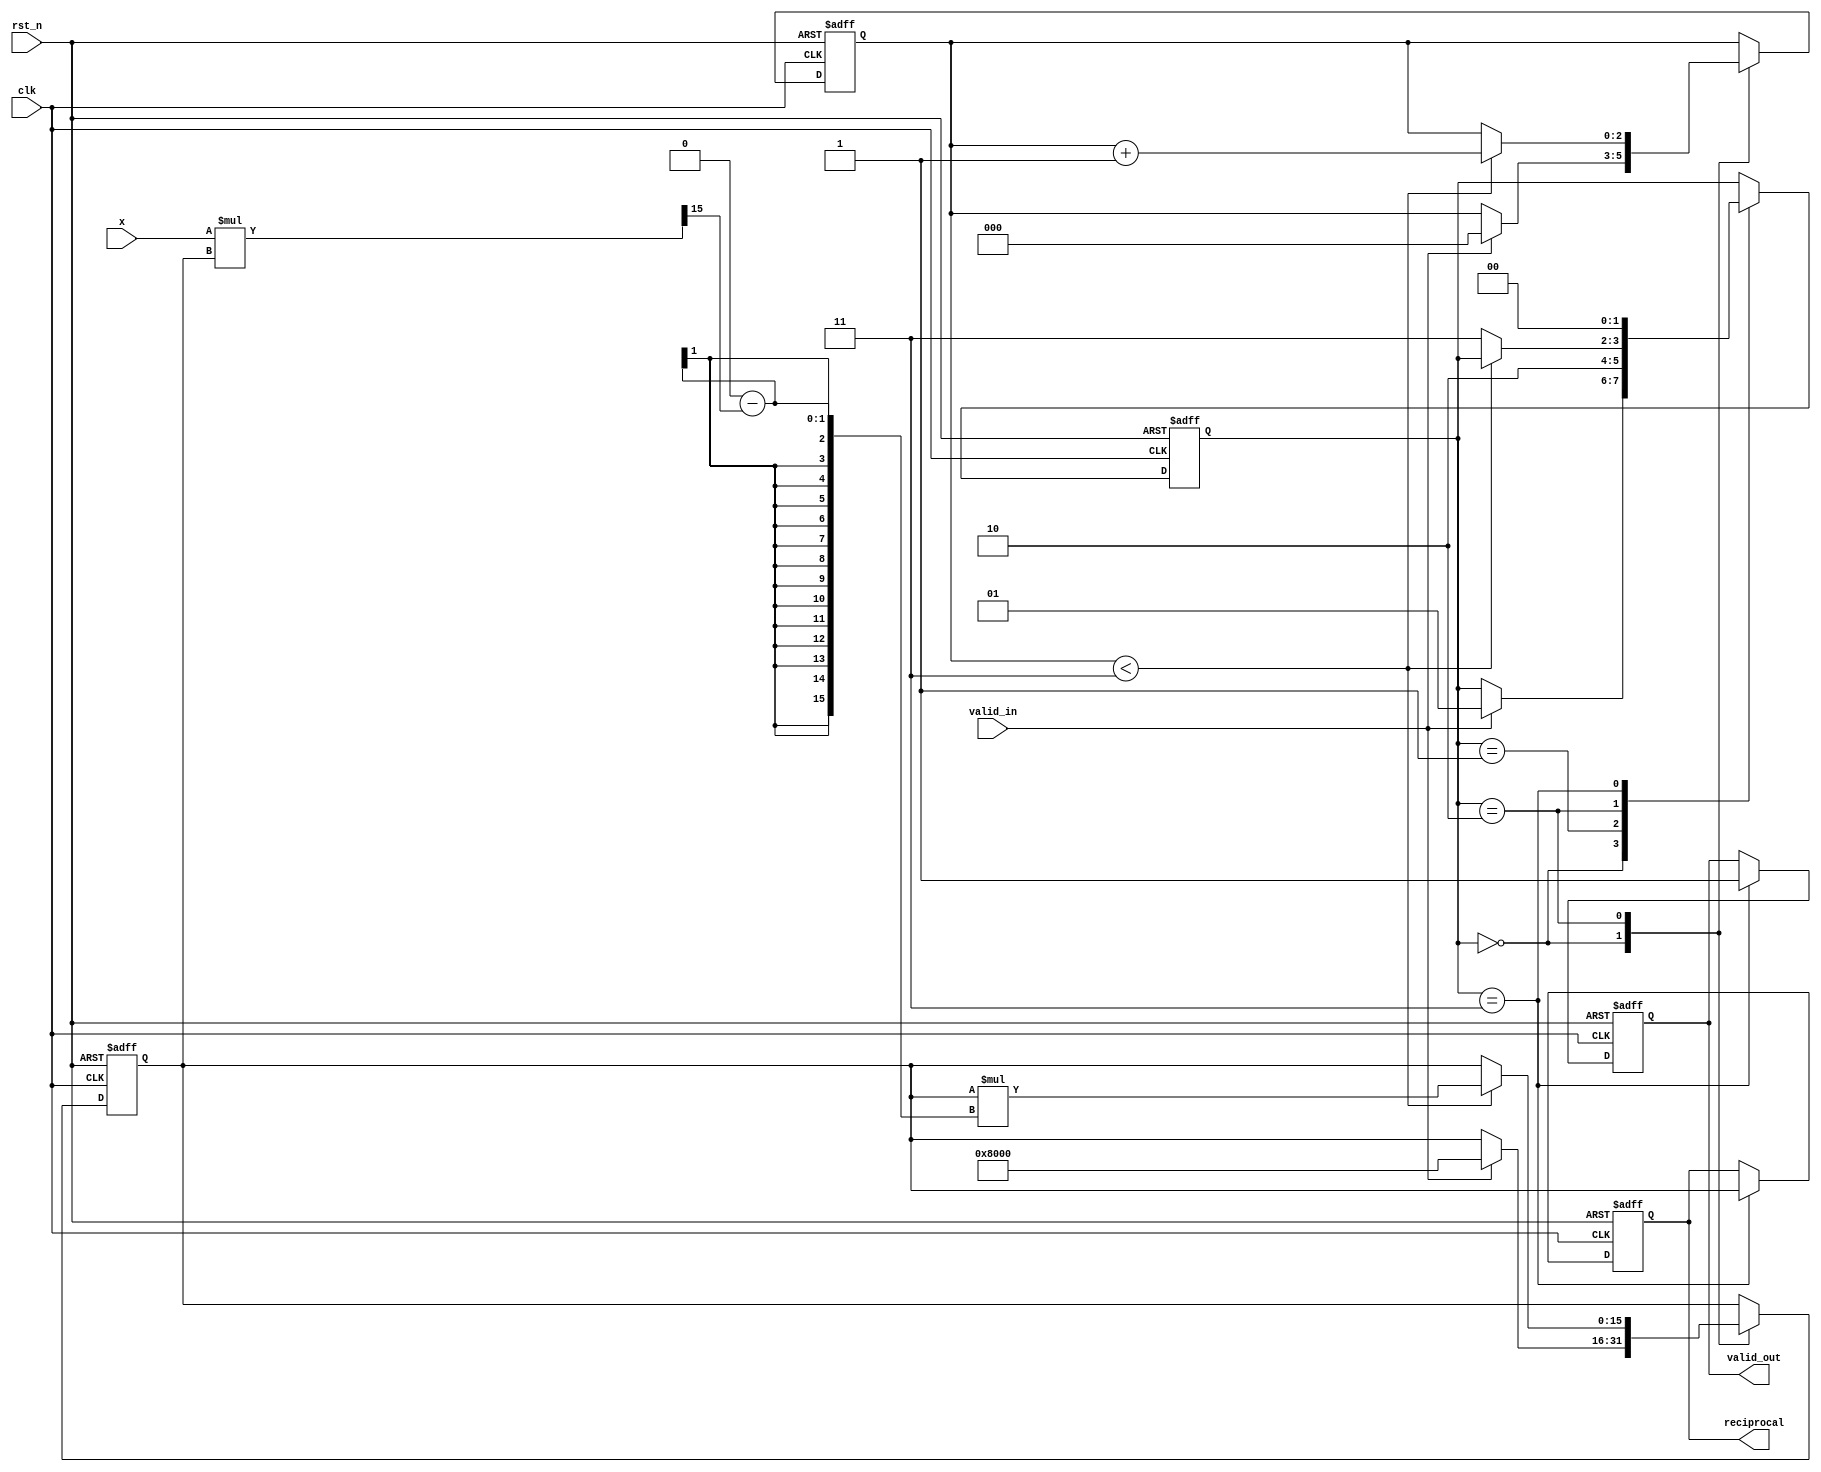
module newton_raphson_reciprocal (
    input wire clk,
    input wire rst_n,
    input wire valid_in,
    input wire [15:0] x,      // Input value, normalized in [1, 2)
    output reg valid_out,
    output reg [15:0] reciprocal // Output reciprocal value
);

    reg [15:0] y;              // Current estimate of the reciprocal
    reg [2:0] iteration_count; // Counter for iterations
    reg [1:0] state;           // State machine
    localparam IDLE = 2'b00,   // Idle state
               INIT = 2'b01,   // Initialization state
               ITERATE = 2'b10,// Iteration state
               OUTPUT = 2'b11;  // Output state

    // Initial guess for y
    localparam INITIAL_GUESS = 16'h8000; // 1 in fixed-point representation (assuming Q1.15 format)

    // Control logic for state machine
    always @(posedge clk or negedge rst_n) begin
        if (!rst_n) begin
            state <= IDLE;
            valid_out <= 0;
            iteration_count <= 0;
            reciprocal <= 0;
            y <= 0;
        end else begin
            case (state)
                IDLE: begin
                    if (valid_in) begin
                        y <= INITIAL_GUESS; // Set initial guess
                        iteration_count <= 0;
                        state <= INIT;
                    end
                end

                INIT: begin
                    // Move to iteration state
                    state <= ITERATE;
                end

                ITERATE: begin
                    if (iteration_count < 3) begin // Fixed number of iterations
                        y <= y * (16'h20000 - (x * y >> 15)); // Update y using the Newton-Raphson formula
                        iteration_count <= iteration_count + 1;
                    end else begin
                        state <= OUTPUT; // Move to output state after max iterations
                    end
                end
                
                OUTPUT: begin
                    reciprocal <= y; // Set final output
                    valid_out <= 1; // Indicate output is valid
                    state <= IDLE; // Return to idle state
                end
            endcase
        end
    end

endmodule